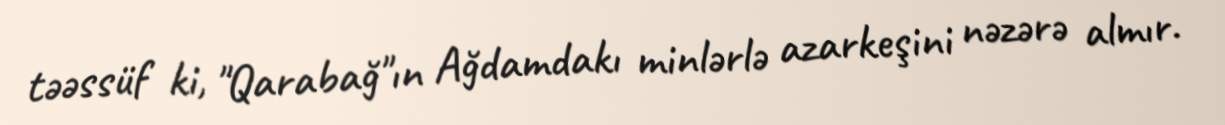
təəssüf ki, "Qarabağ"ın Ağdamdakı minlərlə azarkeşini nəzərə almır.